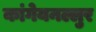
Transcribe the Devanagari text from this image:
कांगेयनल्लुर